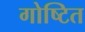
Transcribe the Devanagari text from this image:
गोष्टित